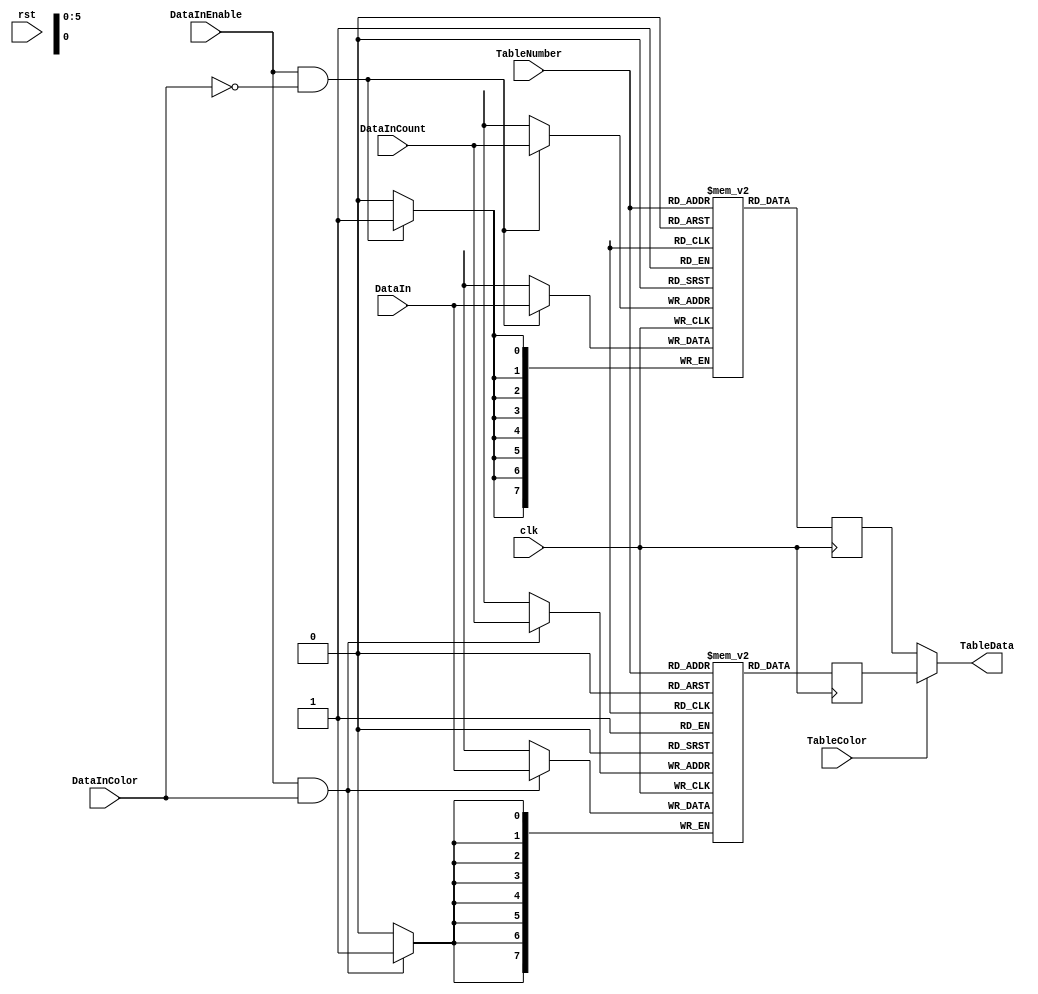
/*
 * Copyright (C)2006-2015 AQUAXIS TECHNOLOGY.
 *  Don't remove this header. 
 * When you use this source, there is a need to inherit this header.
 *
 * License
 *  For no commercial -
 *   License:     The Open Software License 3.0
 *   License URI: http://www.opensource.org/licenses/OSL-3.0
 *
 *  For commmercial -
 *   License:     AQUAXIS License 1.0
 *   License URI: http://www.aquaxis.com/licenses
 *
 * For further information please contact.
 *	URI:    http://www.aquaxis.com/
 */
`timescale 1ps / 1ps

module aq_djpeg_dqt(
    input           rst,
    input           clk,

    input           DataInEnable,
    input           DataInColor,
    input [5:0]     DataInCount,
    input [7:0]     DataIn,

    input           TableColor,
    input  [5:0]    TableNumber,
    output [7:0]    TableData
);
    // RAM
    reg [7:0]       DQT_Y [0:63];
    reg [7:0]       DQT_C [0:63];

    // RAM
    always @(posedge clk) begin
        if(DataInEnable ==1'b1 && DataInColor ==1'b0) begin
            DQT_Y[DataInCount] <= DataIn;
        end
        if(DataInEnable ==1'b1 && DataInColor ==1'b1) begin
            DQT_C[DataInCount] <= DataIn;
        end
    end

    reg [7:0] TableDataY;
    reg [7:0] TableDataC;

    // RAM out
    always @(posedge clk) begin
        TableDataY <= DQT_Y[TableNumber];
        TableDataC <= DQT_C[TableNumber];
    end

    // Selector
    assign TableData = (TableColor)?TableDataC:TableDataY;
endmodule